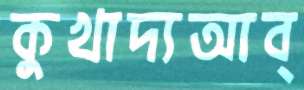
কুখাদ্যআব্